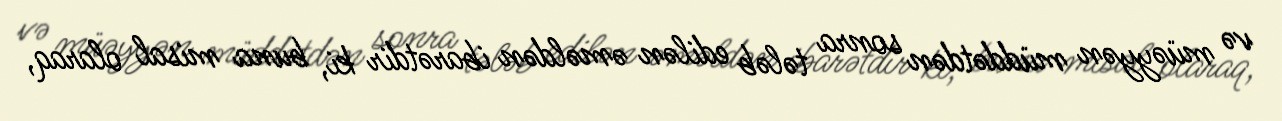
və müəyyən müddətdən sonra tələb edilən əməldən ibarətdir ki, buna misal olaraq,